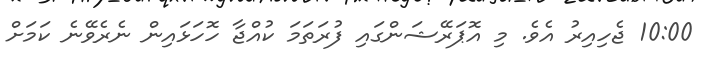
10:00 ޖެހިއިރު އެވެ. މި އޮޕަރޭޝަންގައި ފުރަތަމަ ކުއްޖާ ހޮހަޅައިން ނެރެވޭނެ ކަމަށް